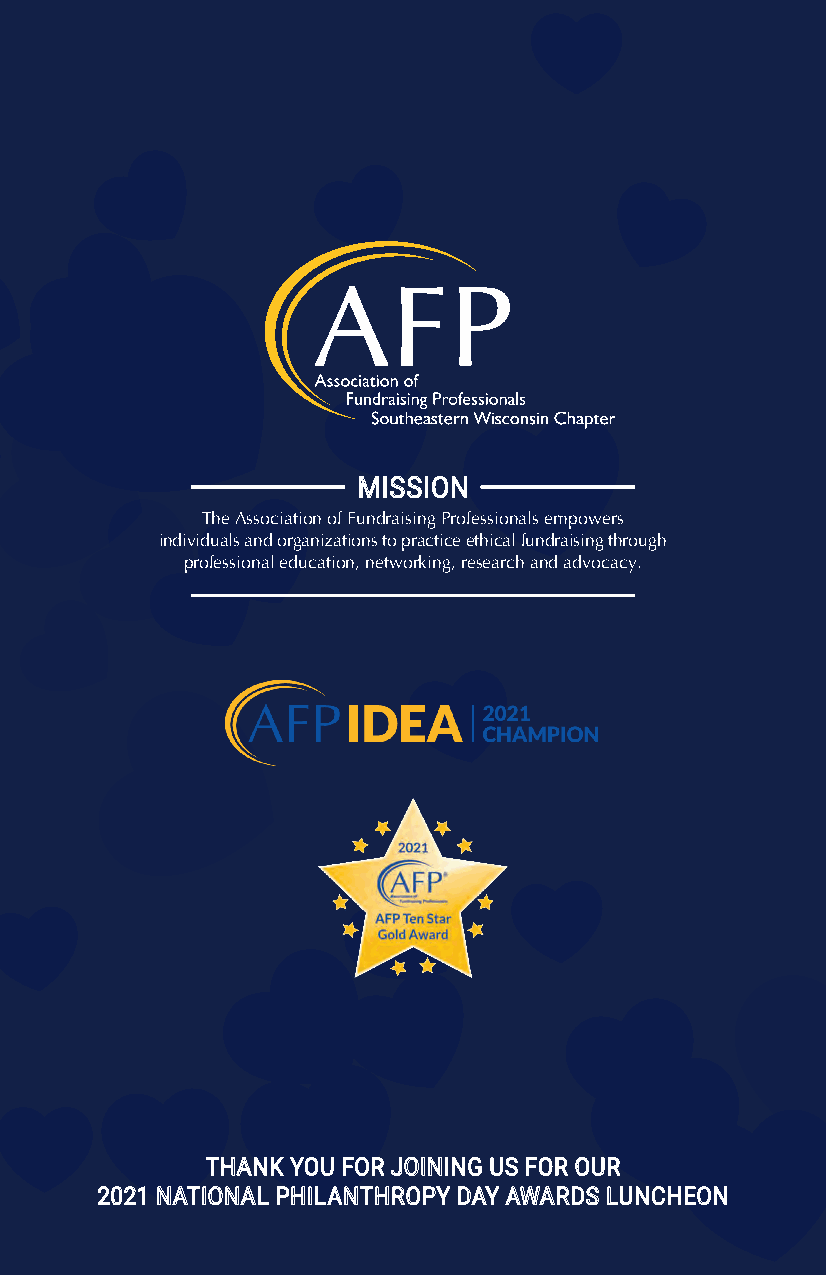
–––––––––––– MISSION ––––––––––––
 The Association of Fundraising Professionals empowers
 individuals and organizations to practice ethical fundraising through
 professional education, networking, research and advocacy.
 –––––––––––––––––––––––––––––––––––
 THANK YOU FOR JOINING US FOR OUR
 2021 NATIONAL PHILANTHROPY DAY AWARDS LUNCHEON